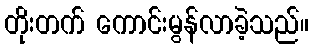
တိုးတက် ကောင်းမွန်လာခဲ့သည်။